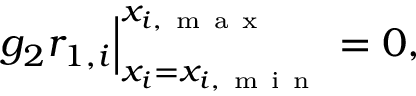
\begin{array} { r } { g _ { 2 } r _ { 1 , i } \Big | _ { x _ { i } = x _ { i , \mathrm { ~ m ~ i ~ n ~ } } } ^ { x _ { i , \mathrm { ~ m ~ a ~ x ~ } } } = 0 , } \end{array}